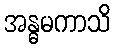
အန္ဓမကာသိ